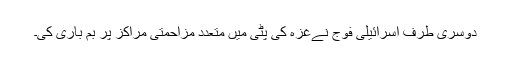
دوسری طرف اسرائیلی فوج نےغزہ کی پٹی میں متعدد مزاحمتی مراکز پر بم باری کی۔